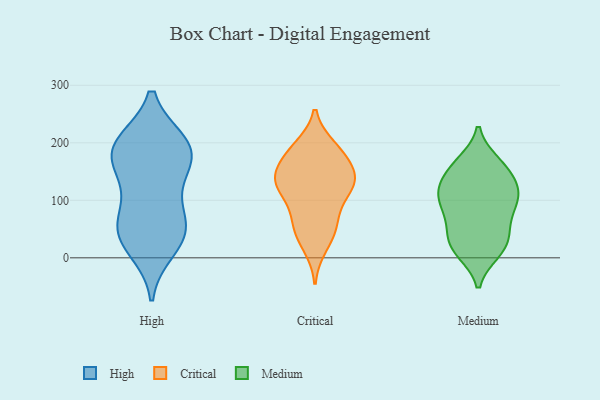
{"axis": {"x": "Gross Profit (USD K)", "y": "Value"}, "legend": ["Critical", "High", "Medium"], "data": [{"x": "", "y": 191, "type": "High"}, {"x": "", "y": 36, "type": "High"}, {"x": "", "y": 16, "type": "High"}, {"x": "", "y": 53, "type": "High"}, {"x": "", "y": 160, "type": "High"}, {"x": "", "y": 50, "type": "High"}, {"x": "", "y": 138, "type": "High"}, {"x": "", "y": 176, "type": "High"}, {"x": "", "y": 197, "type": "High"}, {"x": "", "y": 51, "type": "High"}, {"x": "", "y": 199, "type": "High"}, {"x": "", "y": 93, "type": "High"}, {"x": "", "y": 194, "type": "High"}, {"x": "", "y": 20, "type": "Critical"}, {"x": "", "y": 176, "type": "Critical"}, {"x": "", "y": 145, "type": "Critical"}, {"x": "", "y": 65, "type": "Critical"}, {"x": "", "y": 121, "type": "Critical"}, {"x": "", "y": 131, "type": "Critical"}, {"x": "", "y": 83, "type": "Critical"}, {"x": "", "y": 46, "type": "Critical"}, {"x": "", "y": 181, "type": "Critical"}, {"x": "", "y": 49, "type": "Critical"}, {"x": "", "y": 124, "type": "Critical"}, {"x": "", "y": 136, "type": "Critical"}, {"x": "", "y": 141, "type": "Critical"}, {"x": "", "y": 124, "type": "Critical"}, {"x": "", "y": 192, "type": "Critical"}, {"x": "", "y": 186, "type": "Critical"}, {"x": "", "y": 128, "type": "Medium"}, {"x": "", "y": 35, "type": "Medium"}, {"x": "", "y": 120, "type": "Medium"}, {"x": "", "y": 165, "type": "Medium"}, {"x": "", "y": 110, "type": "Medium"}, {"x": "", "y": 11, "type": "Medium"}, {"x": "", "y": 13, "type": "Medium"}, {"x": "", "y": 52, "type": "Medium"}, {"x": "", "y": 49, "type": "Medium"}, {"x": "", "y": 106, "type": "Medium"}, {"x": "", "y": 125, "type": "Medium"}, {"x": "", "y": 76, "type": "Medium"}, {"x": "", "y": 166, "type": "Medium"}, {"x": "", "y": 10, "type": "Medium"}, {"x": "", "y": 92, "type": "Medium"}, {"x": "", "y": 156, "type": "Medium"}, {"x": "", "y": 28, "type": "Medium"}, {"x": "", "y": 153, "type": "Medium"}, {"x": "", "y": 86, "type": "Medium"}, {"x": "", "y": 105, "type": "Medium"}]}